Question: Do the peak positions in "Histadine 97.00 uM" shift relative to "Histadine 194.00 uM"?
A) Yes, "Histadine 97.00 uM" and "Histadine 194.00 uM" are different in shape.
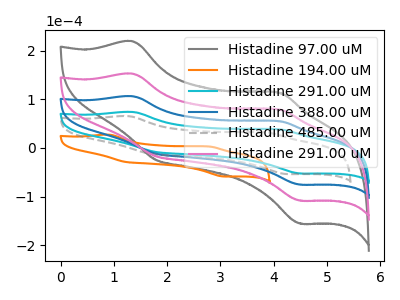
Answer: <think>The gray curve "Histadine 97.00 uM" has anodic peaks at (1.35V, 319.30uA) (4.10V, 165.30uA) and cathodic peaks at (1.80V, -35.20uA) (4.50V, -226.55uA). The orange curve "Histadine 194.00 uM" has anodic peaks at (0.90V, 27.30uA) (2.80V, 3.05uA) and cathodic peaks at (1.20V, -28.50uA) (3.05V, -58.65uA). The cyan curve "Histadine 291.00 uM" has anodic peaks at (1.35V, 74.10uA) (4.10V, 38.35uA) and cathodic peaks at (1.80V, -8.15uA) (4.50V, -52.60uA). The blue curve "Histadine 388.00 uM" has anodic peaks at (1.35V, 106.45uA) (4.10V, 55.10uA) and cathodic peaks at (1.80V, -11.75uA) (4.50V, -75.50uA). The gray dashed curve "Histadine 485.00 uM" has anodic peaks at (1.25V, 65.50uA) (3.85V, 31.90uA) and cathodic peaks at (1.70V, -11.90uA) (4.25V, -53.70uA). The pink curve "Histadine 291.00 uM" has anodic peaks at (1.35V, 212.85uA) (4.10V, 110.20uA) and cathodic peaks at (1.80V, -23.45uA) (4.50V, -151.00uA).
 "Histadine 97.00 uM" and "Histadine 194.00 uM" have at least one peak that do not match.</think>
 <answer>A) Yes, "Histadine 97.00 uM" and "Histadine 194.00 uM" are different in shape.</answer>
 <eval>A</eval>